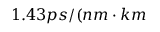
1 . 4 3 p s / ( n m \cdot k m